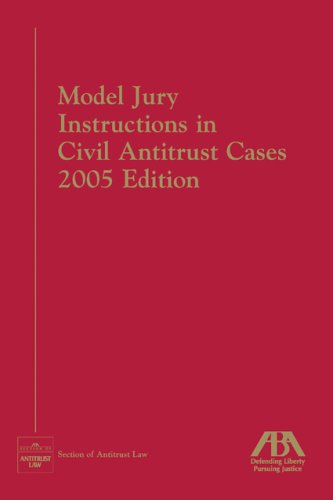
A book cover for Model Jury Instructions in Civil Antitrust Cases; Editors of ABA; Law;